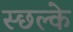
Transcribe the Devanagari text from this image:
स्छल्के